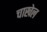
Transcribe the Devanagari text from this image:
चाखेल